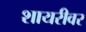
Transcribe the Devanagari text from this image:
शायरीवर